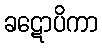
ခဋောပိကာ